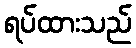
ရပ်ထားသည်